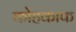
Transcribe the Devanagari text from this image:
कोहकाफ